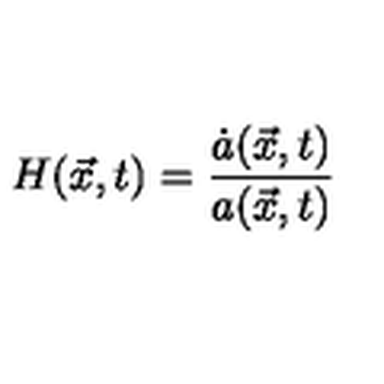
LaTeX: H ( \vec { x } , t ) = \frac { \dot { a } ( \vec { x } , t ) } { a ( \vec { x } , t ) }